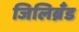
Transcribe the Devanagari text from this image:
जिलिब्रॅंड